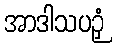
အာဒါသပဉှံ